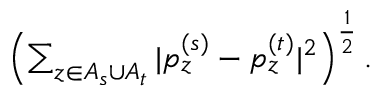
\begin{array} { r } { \left( \sum _ { z \in A _ { s } \cup A _ { t } } | p _ { z } ^ { ( s ) } - p _ { z } ^ { ( t ) } | ^ { 2 } \right) ^ { \frac 1 2 } . } \end{array}